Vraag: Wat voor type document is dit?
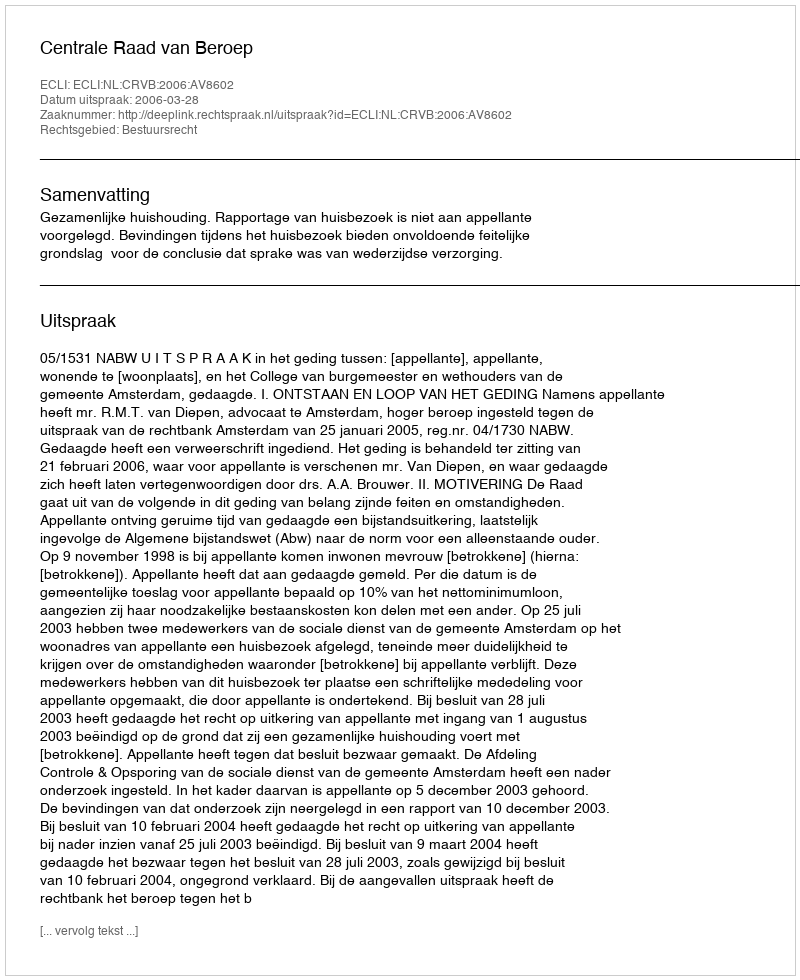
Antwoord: Uitspraak